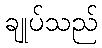
ချုပ်သည်